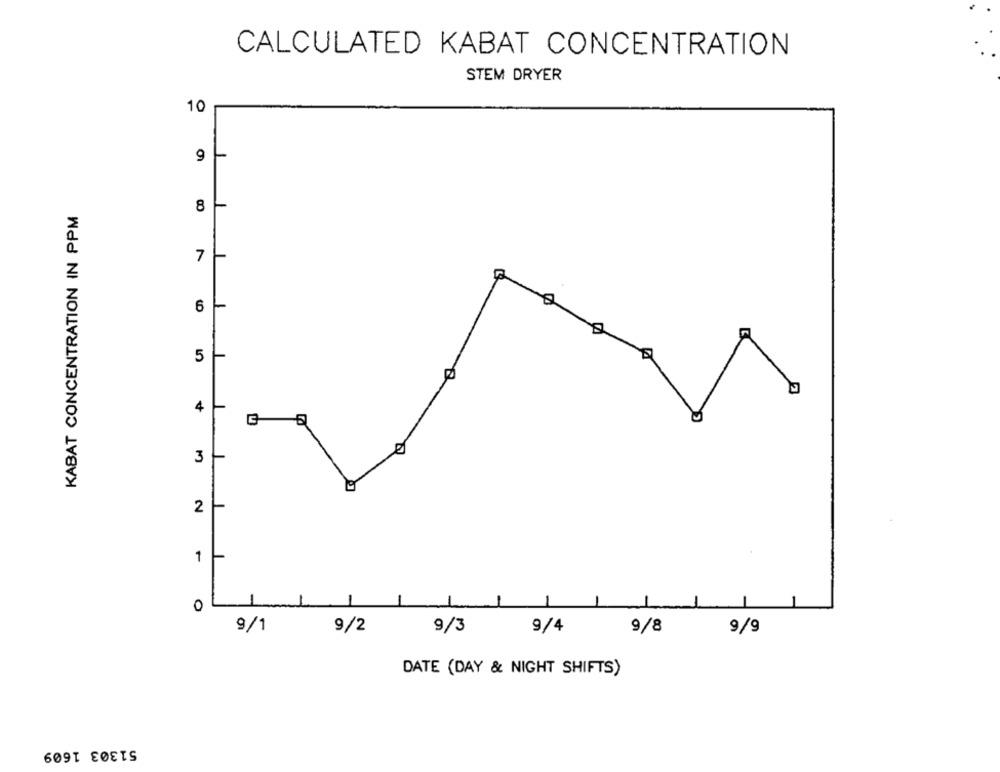
CALCULATED KABAT CONCENTRATION
STEM DRYER
10
9
KABAT CONCENTRATION IN PPM
8
7
6
5
4
3
2
1
0
9/1
9/2
9/3
9/4
9/8
9/9
DATE (DAY & NIGHT SHIFTS)
51303 1609